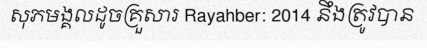
សុភមង្គលដូចគ្រួសារ Rayahber: 2014 នឹងត្រូវបាន